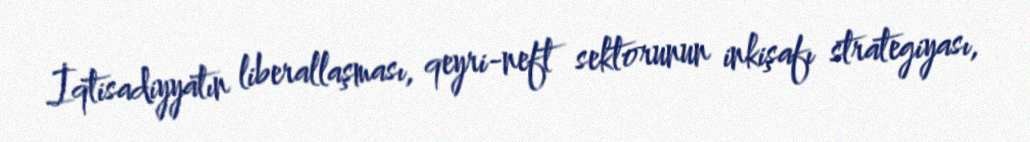
İqtisadiyyatın liberallaşması, qeyri-neft sektorunun inkişafı strategiyası,